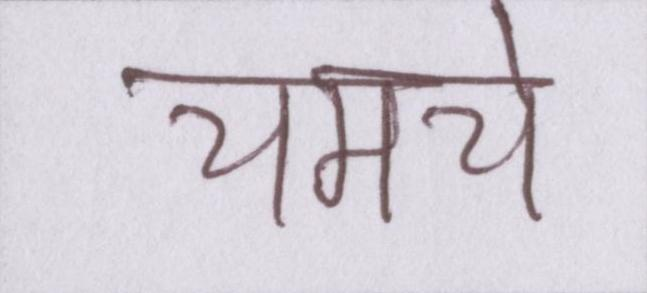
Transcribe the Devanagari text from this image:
चमचे